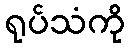
ရုပ်သံကို